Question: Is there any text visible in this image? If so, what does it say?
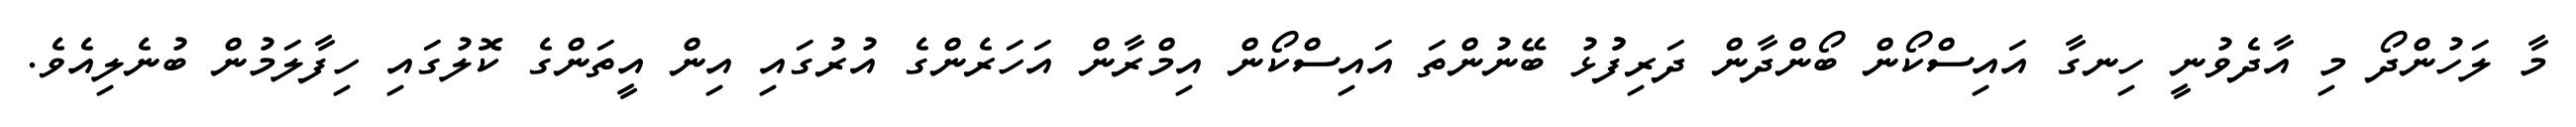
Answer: މާ ލަހުންދޯ މި އާދެވުނީ ހިނގާ އައިސްކޯން ބޯންދާން ދަރިފުުޅު ބޭނުންތަ އައިސްކޯން އިމްރާން އަހަރެންގެ އުރުގައި އިން އީތަންގެ ކޮލުގައި ހިފާލަމުން ބުނެލިއެވެ.